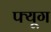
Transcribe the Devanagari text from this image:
फ्यूग